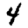
Digit: 4